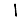
Digit: 1